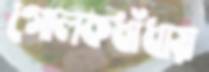
গোলকধাঁধায়